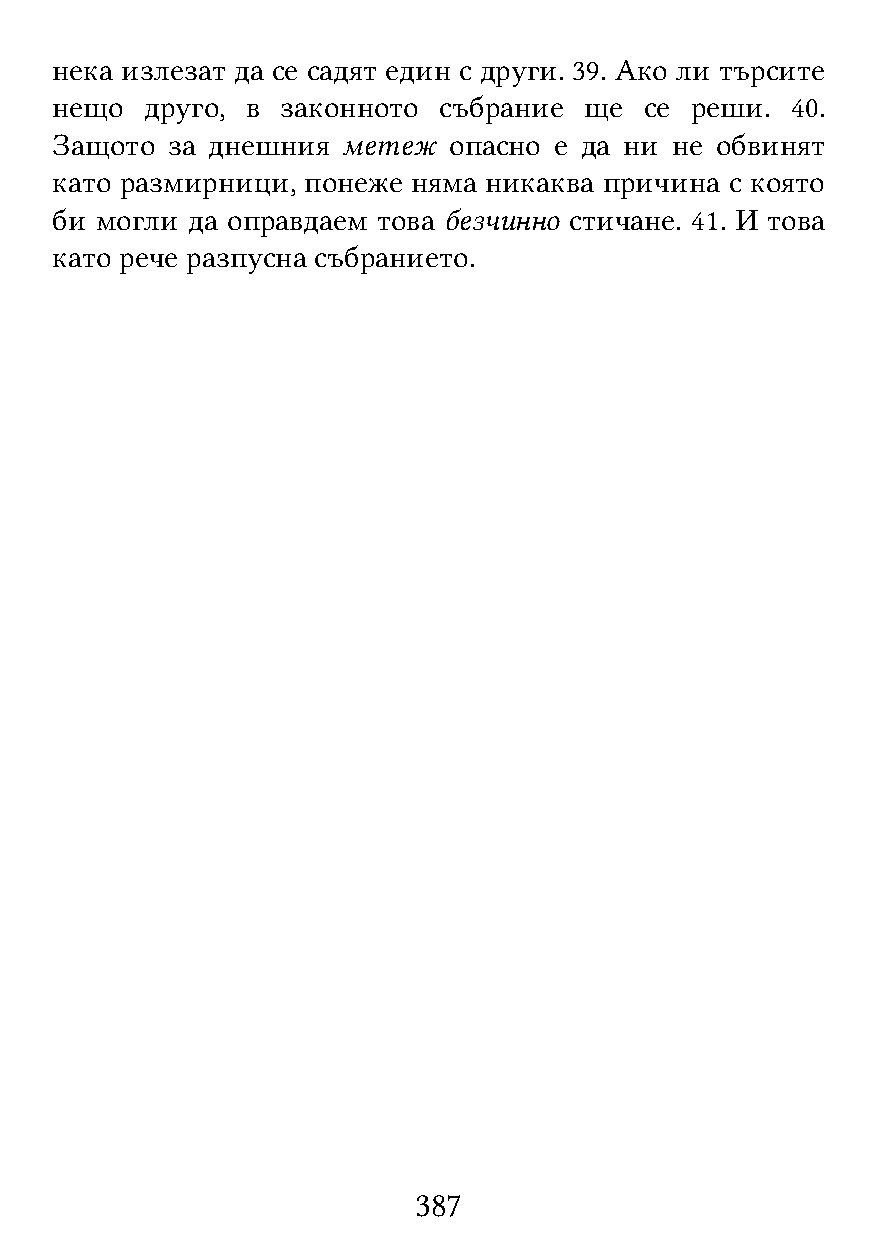
нека излезат да се садят един с други. 39. Ако ли търсите
 нещо   друго, в законното събрание  ще  се реши. 40.
 Защото  за днешния  метеж  опасно е да ни не обвинят
 като размирници, понеже няма никаква причина с която
 би могли да оправдаем това безчинно стичане. 41. И това
 като рече разпусна събранието.
 387